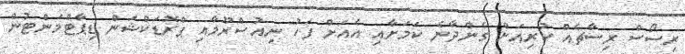
ރިސޯސް ރިސާޗެއް ކުރިއަށް ގެންދާނެ ކަމަށާއި އެއަށް ފަހު ނިއުސްރޫމާއި ޕްރޮޑަކްޝަން ޑިޕާޓްމަންޓުން